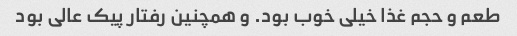
طعم و حجم غذا خیلی خوب بود. و همچنین رفتار پیک عالی بود